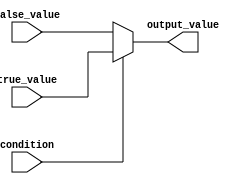
module ConditionalAssignment (
    input wire condition,       // Single-bit condition input
    input wire [7:0] true_value,  // 8-bit value for the true case
    input wire [7:0] false_value, // 8-bit value for the false case
    output reg [7:0] output_value // 8-bit output value
);

// Always block to handle the conditional assignment
always @(*) begin
    output_value = (condition) ? true_value : false_value;
end

endmodule